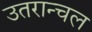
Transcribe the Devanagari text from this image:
उतरान्चल